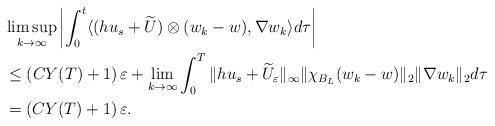
LaTeX: \begin{align*}&\limsup_{k\to\infty}\left|\int_0^t\langle (hu_s+\widetilde U)\otimes (w_k-w),\nabla w_k\rangle d\tau\right| \\&\leq (CY(T)+1)\,\varepsilon+\lim_{k\to\infty}\int_0^T\|hu_s+\widetilde U_\varepsilon\|_\infty\|\chi_{B_L}(w_k-w)\|_2\|\nabla w_k\|_2 d\tau \\&=(CY(T)+1)\,\varepsilon.\end{align*}